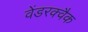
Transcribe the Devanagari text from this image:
वेंडरक्वैक